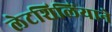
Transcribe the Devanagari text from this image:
लेटशिलिंयाने